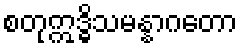
စတုဣဒ္ဓိသမန္နာဂတော